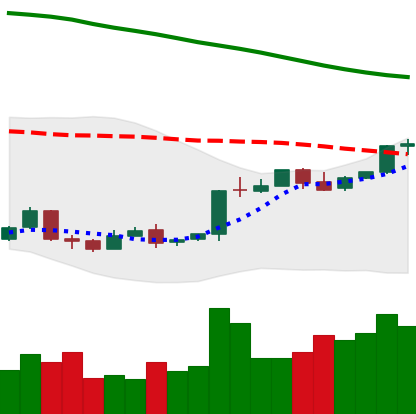
Ticker: BTC-USD
Chart end date: 2018-04-21
Forward return: 4.338%
Label: up_3_5